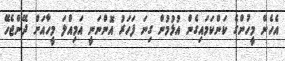
އެހެން މީހުންގެ ކަންކަމައިގެން އުޅުމުން ގިނަ ފަހަރު އޮންނަނީ އަމިއްލަ މީހާއަށް ދޭންޖެހޭ